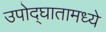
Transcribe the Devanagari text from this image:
उपोद्‌घातामध्ये